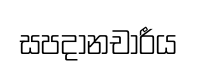
සපදානචාරීය